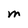
Character: M